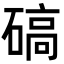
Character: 碻